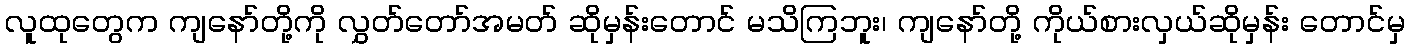
လူထုတွေက ကျနော်တို့ကို လွှတ်တော်အမတ် ဆိုမှန်းတောင် မသိကြဘူး၊ ကျနော်တို့ ကိုယ်စားလှယ်ဆိုမှန်း တောင်မှ